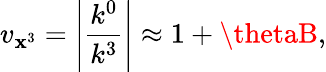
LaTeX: v_{\mathbf{x}^{3}}=\left|\frac{{k^{0}}}{{k^{3}}}\right|\approx1+\thetaB,